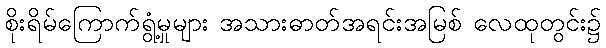
စိုးရိမ်ကြောက်ရွံ့မှုများ အသားဓာတ်အရင်းအမြစ် လေထုတွင်း၌